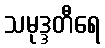
သမုဒ္ဒတီရေ